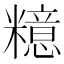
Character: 𱹤